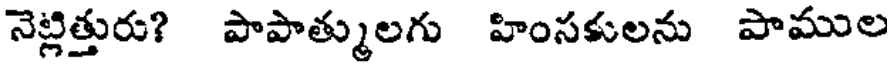
నెట్లిత్తురు? పాపాత్ములగు హింసకులను పాముల